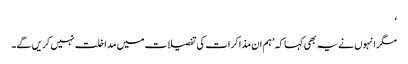
‘
مگر انہوں نے یہ بھی کہا کہ ’ہم ان مذاکرات کی تفصیلات میں مداخلت نہیں کریں گے۔